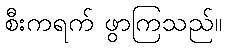
စီးကရက် ဖွာကြသည်။